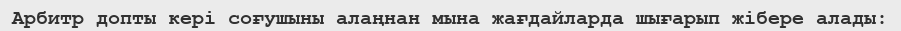
Арбитр допты кері соғушыны алаңнан мына жағдайларда шығарып жібере алады: